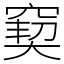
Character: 窫